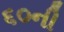
૬૦ની